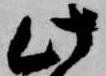
此